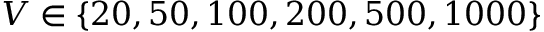
V \in \{ 2 0 , 5 0 , 1 0 0 , 2 0 0 , 5 0 0 , 1 0 0 0 \}